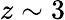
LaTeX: z\sim 3